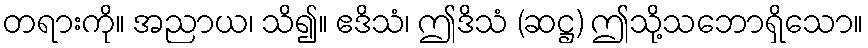
တရားကို။ အညာယ၊ သိ၍။ ဧဒိသံ၊ ဤဒိသံ (ဆဋ္ဌ) ဤသို့သဘောရှိသော။